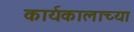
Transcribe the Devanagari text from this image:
कार्यकालाच्या